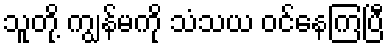
သူတို့ ကျွန်မကို သံသယ ဝင်နေကြပြီ